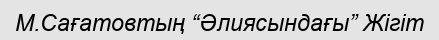
М.Сағатовтың “Әлиясындағы” Жігіт